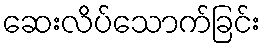
ဆေးလိပ်သောက်ခြင်း